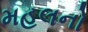
મહલનો